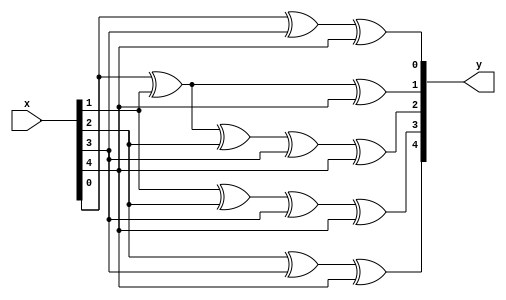
module rsdec_chien_scale11 (y, x);
	input [4:0] x;
	output [4:0] y;
	reg [4:0] y;
	always @ (x)
	begin
		y[0] = x[0] ^ x[3] ^ x[4];
		y[1] = x[0] ^ x[1] ^ x[4];
		y[2] = x[0] ^ x[1] ^ x[2] ^ x[3] ^ x[4];
		y[3] = x[1] ^ x[2] ^ x[3] ^ x[4];
		y[4] = x[2] ^ x[3] ^ x[4];
	end
endmodule